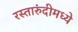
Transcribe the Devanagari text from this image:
रस्तारुंदीमध्ये